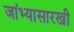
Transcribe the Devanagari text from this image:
जांभ्यासारखी